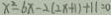
x ^ { 2 } - 6 x - 2 ( 2 x + 1 ) + 1 1 = 0